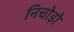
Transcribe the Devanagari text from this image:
निचोड़ो